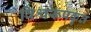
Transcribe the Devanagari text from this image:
विश्वरूपकृत